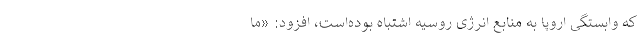
که وابستگی اروپا به منابع انرژی روسیه اشتباه بوده‌است، افزود: «ما